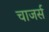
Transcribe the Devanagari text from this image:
चाजर्स